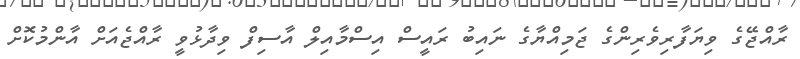
ރާއްޖޭގެ ވިޔަފާރިވެރިންގެ ޖަމިއްޔާގެ ނައިބު ރައީސް އިސްމާއިލް އާސިފް ވިދާޅުވީ ރާއްޖެއަށް އާންމުކޮށް